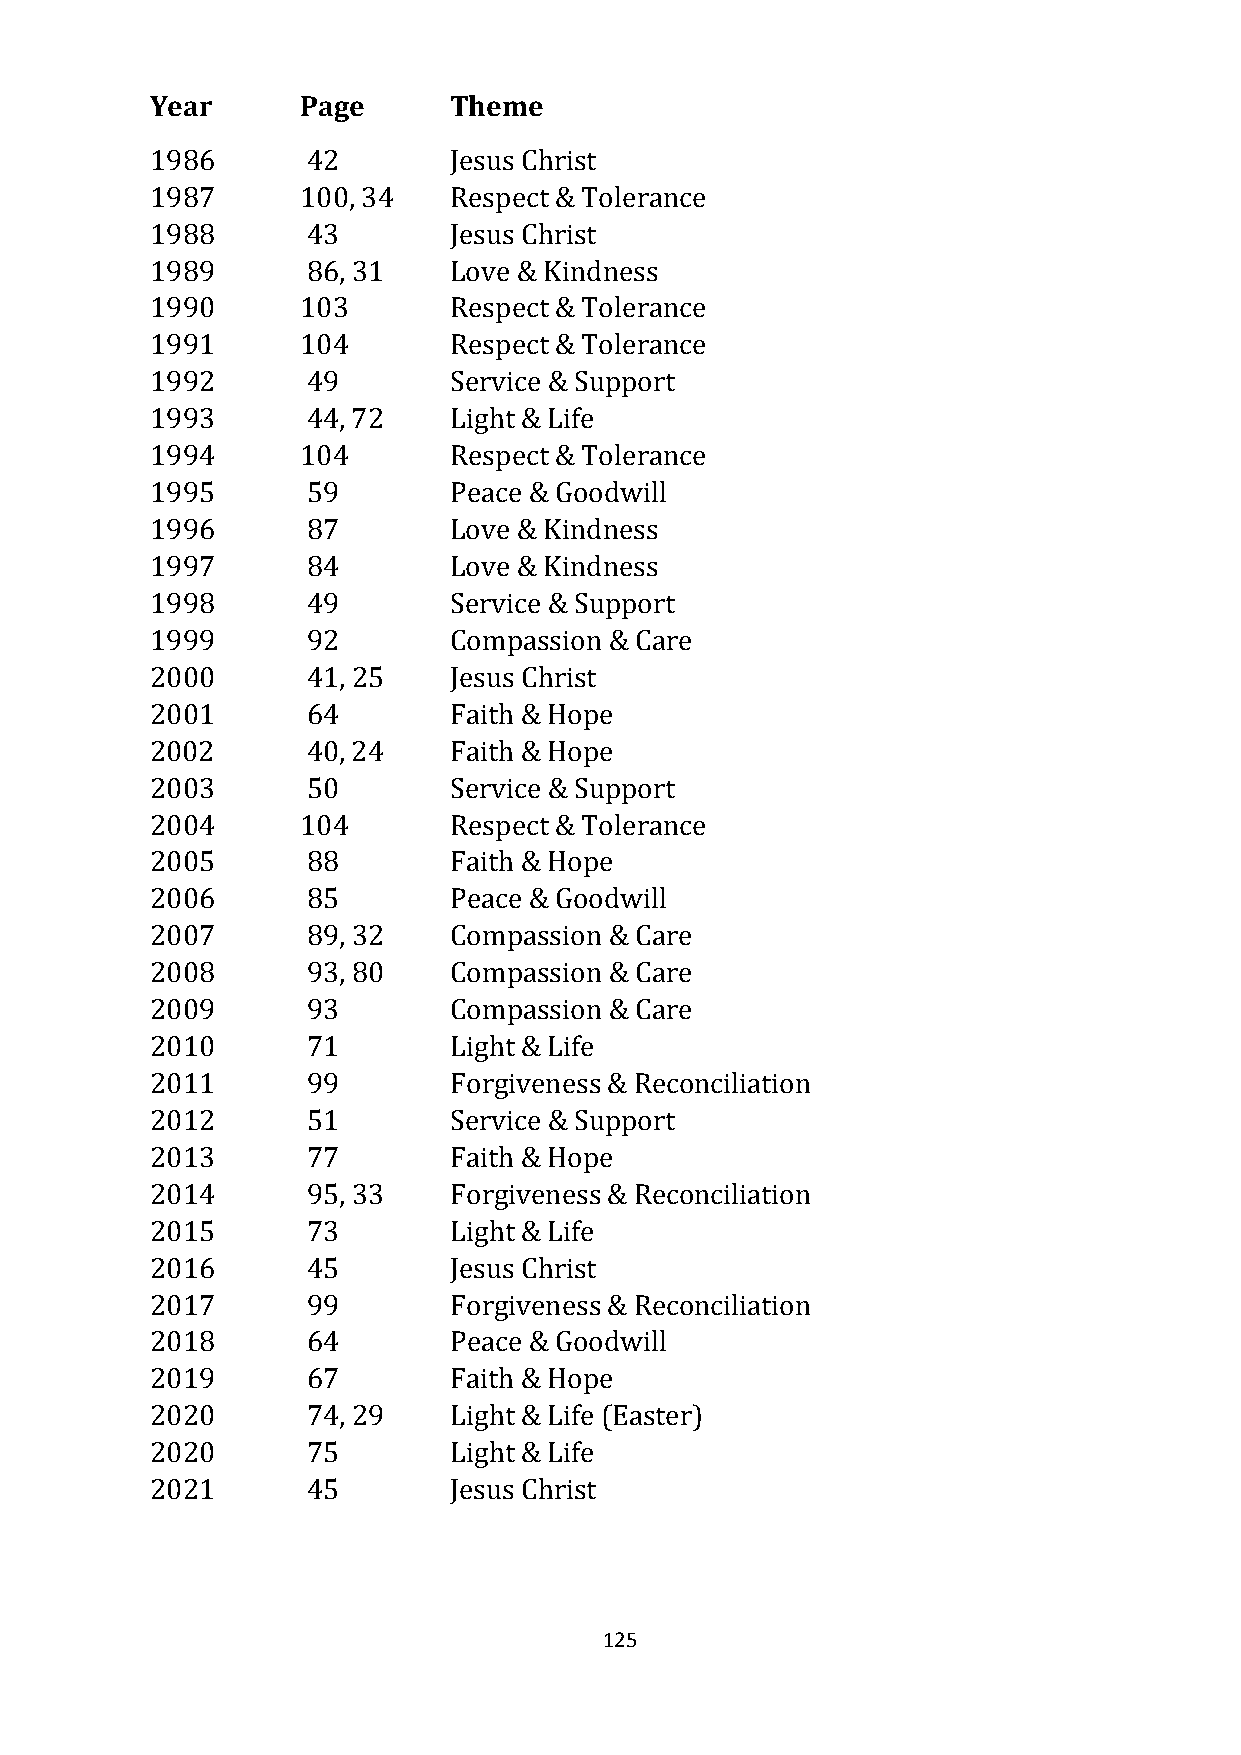
Year      Page      Theme
 1986      42        Jesus Christ
 1987      100, 34   Respect & Tolerance
 1988      43        Jesus Christ
 1989      86, 31    Love & Kindness
 1990      103       Respect & Tolerance
 1991      104       Respect & Tolerance
 1992      49        Service & Support
 1993      44, 72    Light & Life
 1994      104       Respect & Tolerance
 1995      59        Peace & Goodwill
 1996      87        Love & Kindness
 1997      84        Love & Kindness
 1998      49        Service & Support
 1999      92        Compassion & Care
 2000      41, 25    Jesus Christ
 2001      64        Faith & Hope
 2002      40, 24    Faith & Hope
 2003      50        Service & Support
 2004      104       Respect & Tolerance
 2005      88        Faith & Hope
 2006      85        Peace & Goodwill
 2007      89, 32    Compassion & Care
 2008      93, 80    Compassion & Care
 2009      93        Compassion & Care
 2010      71        Light & Life
 2011      99        Forgiveness & Reconciliation
 2012      51        Service & Support
 2013      77        Faith & Hope
 2014      95, 33    Forgiveness & Reconciliation
 2015      73        Light & Life
 2016      45        Jesus Christ
 2017      99        Forgiveness & Reconciliation
 2018      64        Peace & Goodwill
 2019      67        Faith & Hope
 2020      74, 29    Light & Life (Easter)
 2020      75        Light & Life
 2021      45        Jesus Christ
 125